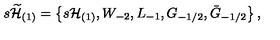
s \widetilde { { \cal H } } _ { ( 1 ) } = \left\{ s { \cal H } _ { ( 1 ) } , W _ { - 2 } , L _ { - 1 } , G _ { - 1 / 2 } , \bar { G } _ { - 1 / 2 } \right\} ,